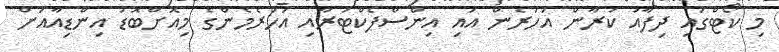
މި ކޯޓްގައި ދިފާއު ކުރާން އަހަރެން އައި އިންސްޕެކްޓަރާއިި އަހަރެމެންގެ މިއޮށްބޮޑު އިންޑިއާއަށް